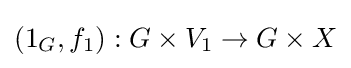
(1_{G},f_{1}):G\times V_{1}\to G\times X